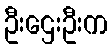
ဦးဌေးဦးက